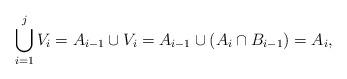
LaTeX: \begin{align*}\bigcup_{i=1}^j V_i = A_{i-1} \cup V_i = A_{i-1} \cup (A_i \cap B_{i-1}) = A_i,\end{align*}